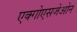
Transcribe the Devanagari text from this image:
एक्गोएसजेओन